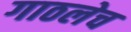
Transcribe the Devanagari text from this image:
गाठलेच